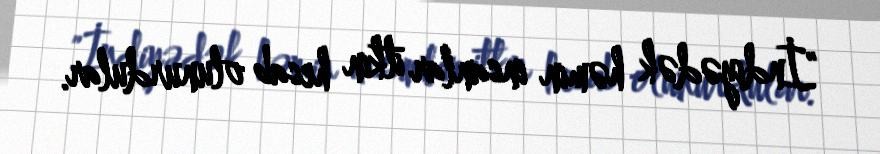
"İndiyədək həmin insanlar itkin hesab olunurdular.